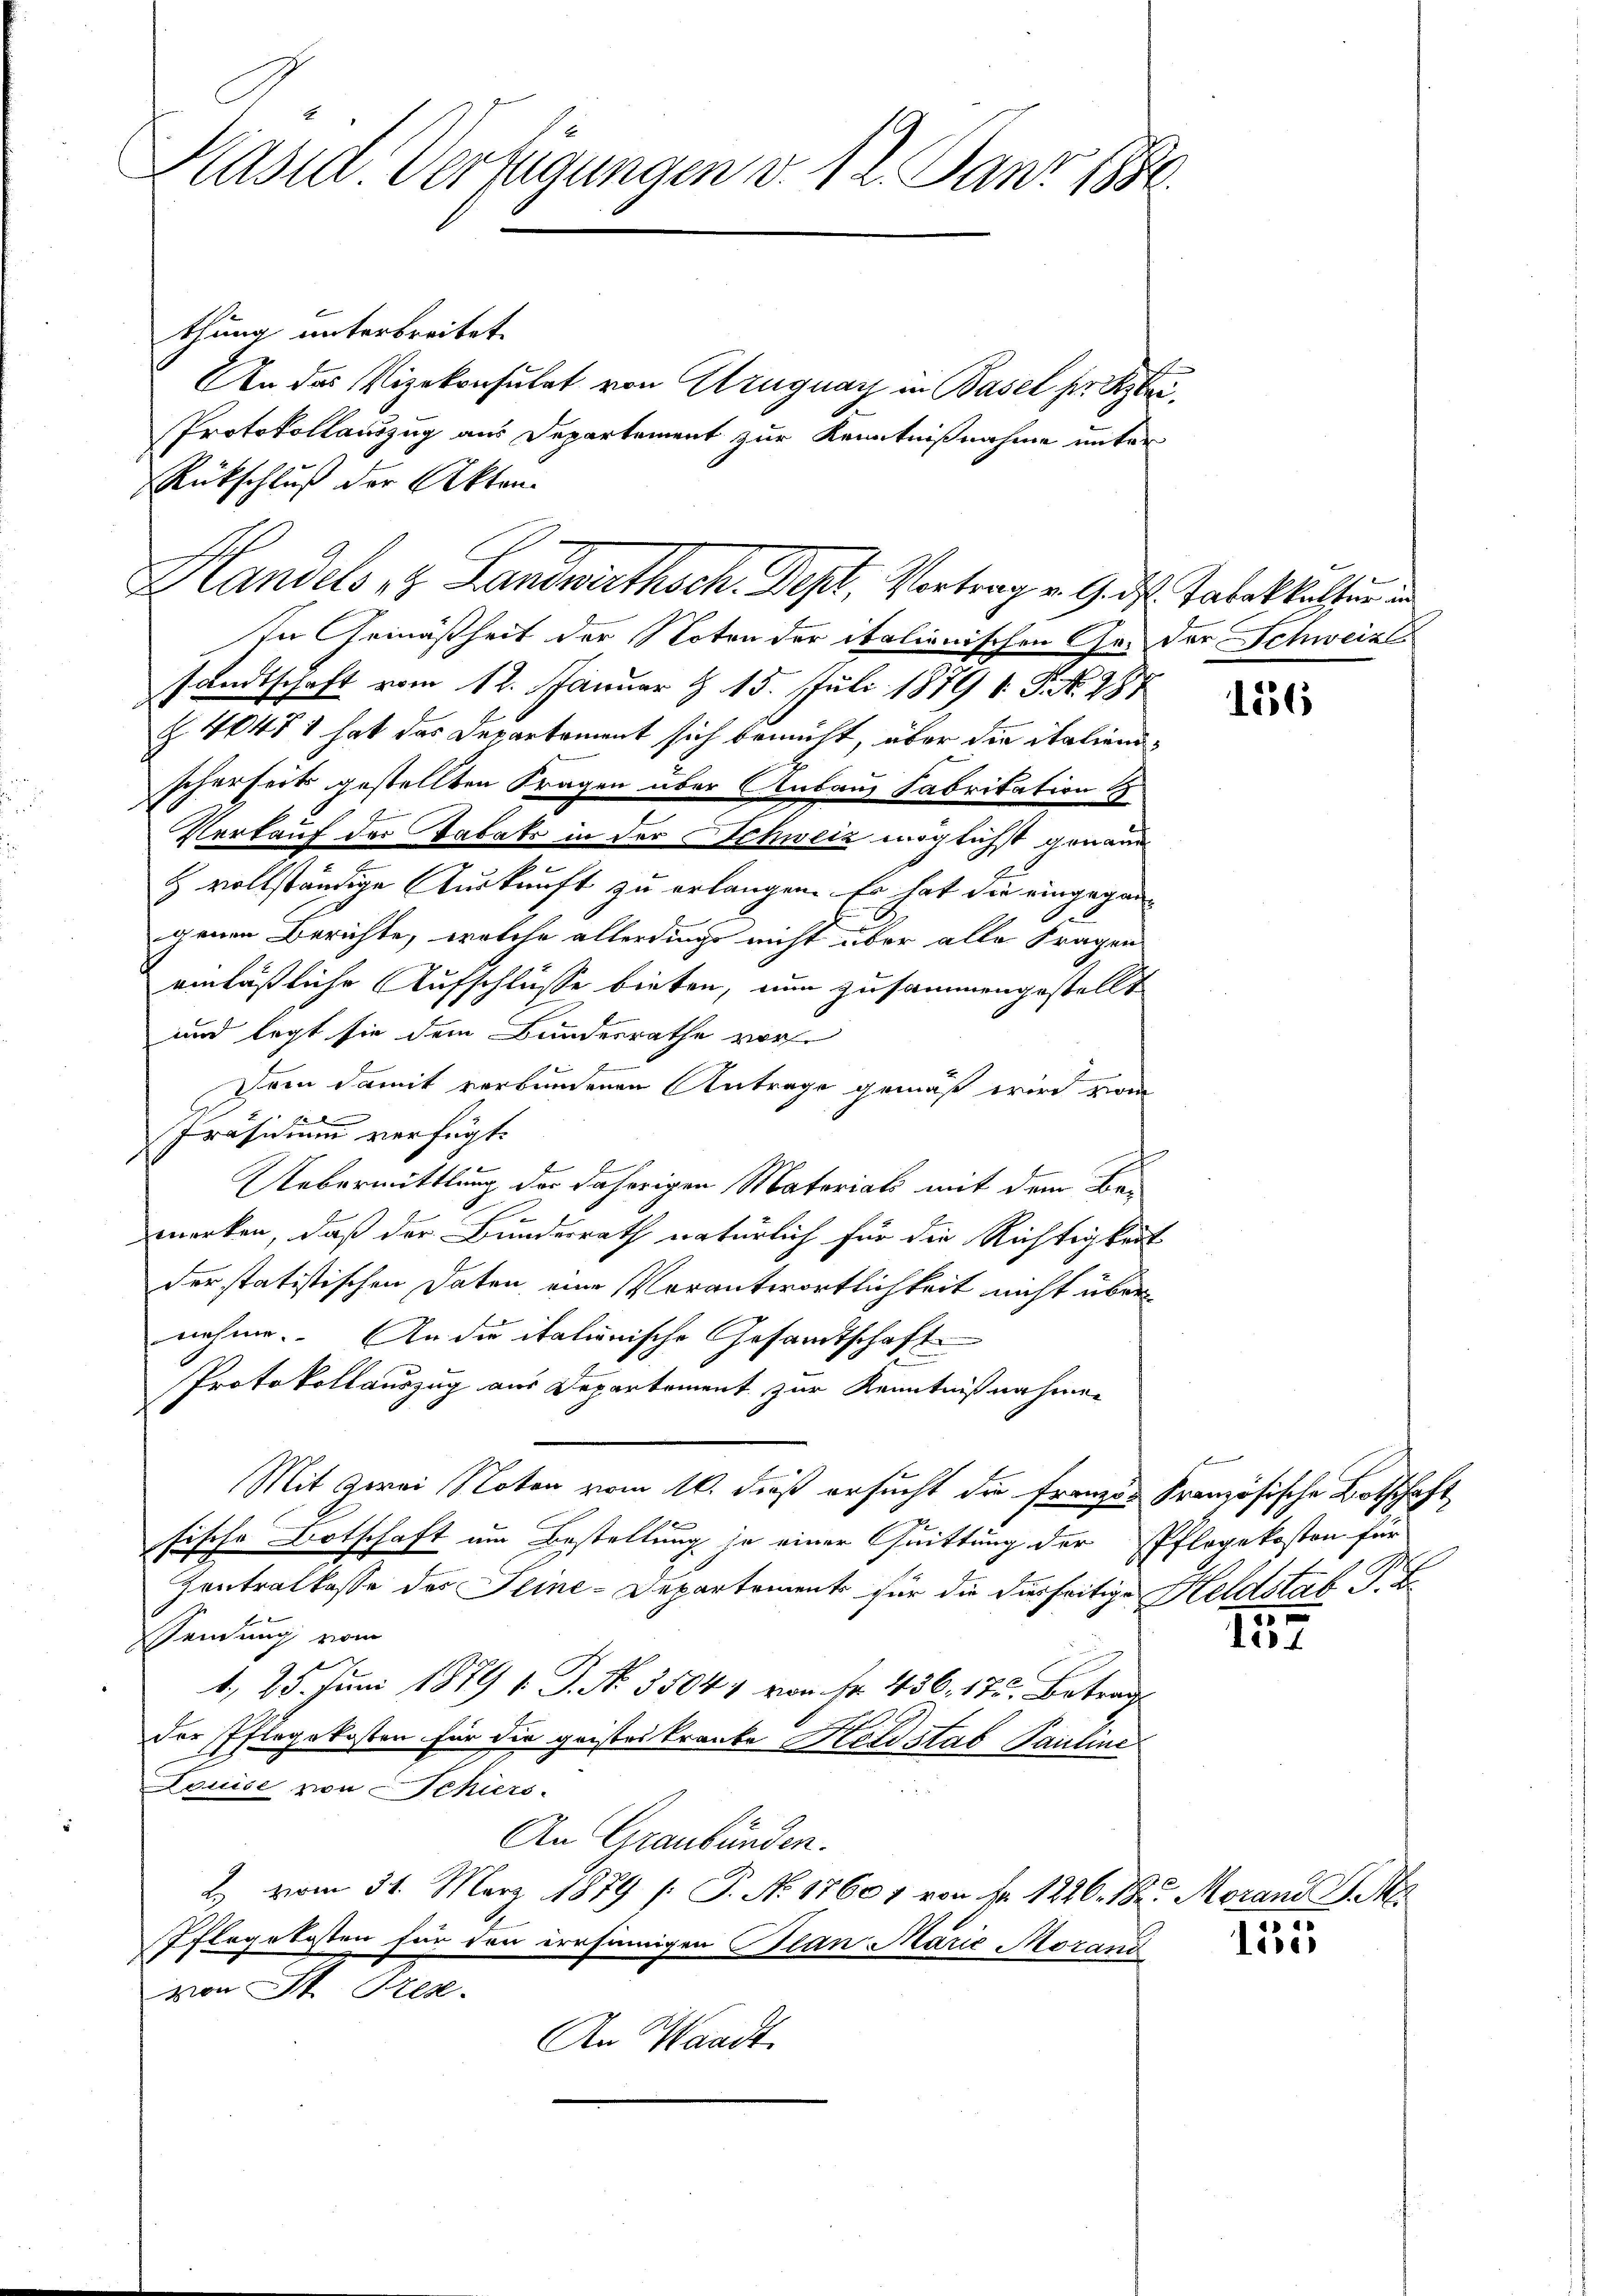
Pläsid. Verfügungen v. 12. Danz 188

thung unterbreitet
An das Vizekonsulat von Uruguay in Basel her Klei¬
Rückschluß der Akten.
In Gemäßheit der Noten der italienischen Ges der Schweizer
sandtschaft vom 12. Januar § 15. Juli 1879 1. P. Nr. 487
Z 40471 hat das Departement sich bemüht, über die italienischerheits gestellten Fragen über Anbaus Fabritation
Verkauf der Tabaks in der Schweiz möglichst genaud
H vollständige Auskunft zu erlangen. Er hat die eingegangenen Berichte, welche allerdings nicht über alle Fragen
einläßliche Aufschlüsse bieten, nun zusammengestellt
und legt sie dem Bundesrathe vor
1
Dem damit verbundenen Antrage gemäß wird vom
Präsidium verfügt:
Uebermittlung der daherigen Materials mit dem Be-
E
merken, daß der Bundesrath natürlich für die Richtigkeit
der statistischen Daten eine Vorantwortlichkeit nicht übernehme. An die italienische Gesandtschaft
Protokollauszug aus Departement zur Kenntnißnahmen
Mit zwei Noten vom 16. dieß ersucht die Franzes Französische Botschaft
fische Botschaft um Bestellung je einer Quittung der Pflegekosten für
Zentralkasse des Seine-Departement für die derseitige Heldstat P. F.
Sendung vom
1, 25. Juni 1879 v. J. No. 35047 von Fr. 436, 175. Betrad
der Pflegekosten für die geistes kranke Heldstab Pauline
Louise von Schiers.
An Graubünden.
2. vom 31. März 1879 /: P. No 17601 von Nr. 1226. 18. Morans J. M
Pflegekosten für den irrsinnigen Plan Marie Morand
von St. Als
An Waadt,

Protokollauszug aus Departement zur Kenntnißnahme unter

Handels z. Landwirthsch. Des, Vortrag v. Ges. Tabakultin u

156

t

157

155